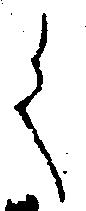
く